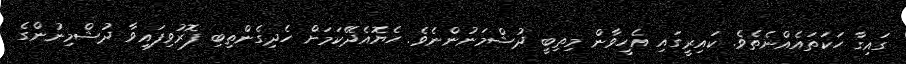
ގައިގާ ހަކަތައެއްނެތެވެ. ކައިރީގައި އެހީވާން މިތިބީ ދުޝްމަނުންނެވެ. ހެޔޮއެދޭކަމަށް ހެދިގެންތިބި ފޮރުވިފައިވާ ދުޝްމިނުންގެ